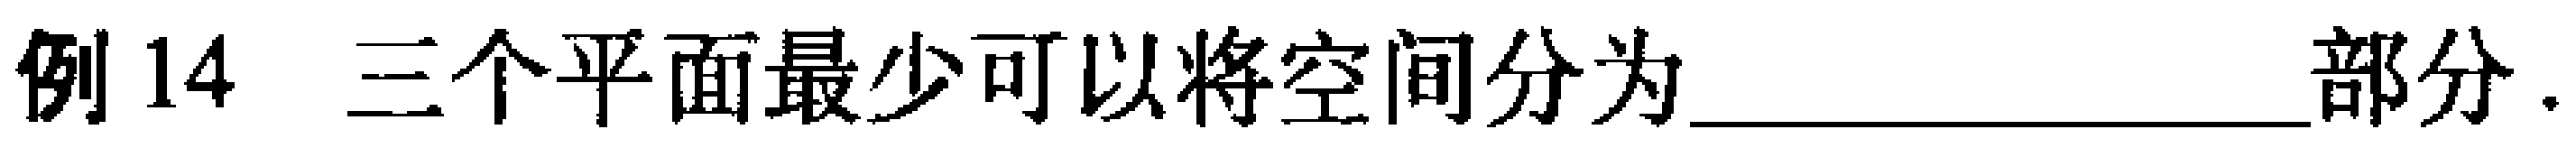
例14 三个平面最少可以将空间分为______________部分.